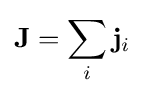
\mathbf {J} =\sum _{i}\mathbf {j} _{i}